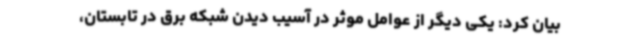
بیان کرد: یکی دیگر از عوامل موثر در آسیب دیدن شبکه برق در تابستان،